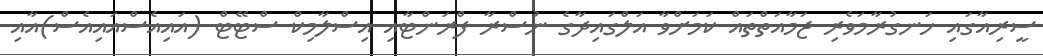
ސީރިއާގައި ހަނގުރާމަވެރި ޖަމާއަތްތައް ކަމަށްވާ އަލްގައިދާގެ ނުސްރާ ފްރަންޓާއި އިސްލާމިކް ސްޓޭޓް (އައިއެސްއައިއެސް)އާއި